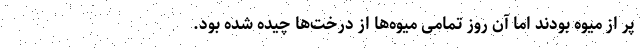
پر از میوه بودند اما آن روز تمامی میوه‌ها از درخت‌ها چیده شده بود.